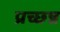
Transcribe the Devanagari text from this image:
प्रच्छ्न्न